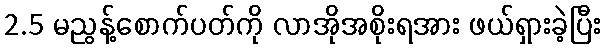
2.5 မညွန့်စောက်ပတ်ကို လာအိုအစိုးရအား ဖယ်ရှားခဲ့ပြီး